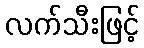
လက်သီးဖြင့်